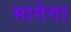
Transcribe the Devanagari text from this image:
भागेगा